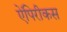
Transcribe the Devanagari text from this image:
ऐंपिरीकस